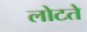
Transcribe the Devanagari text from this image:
लोटते